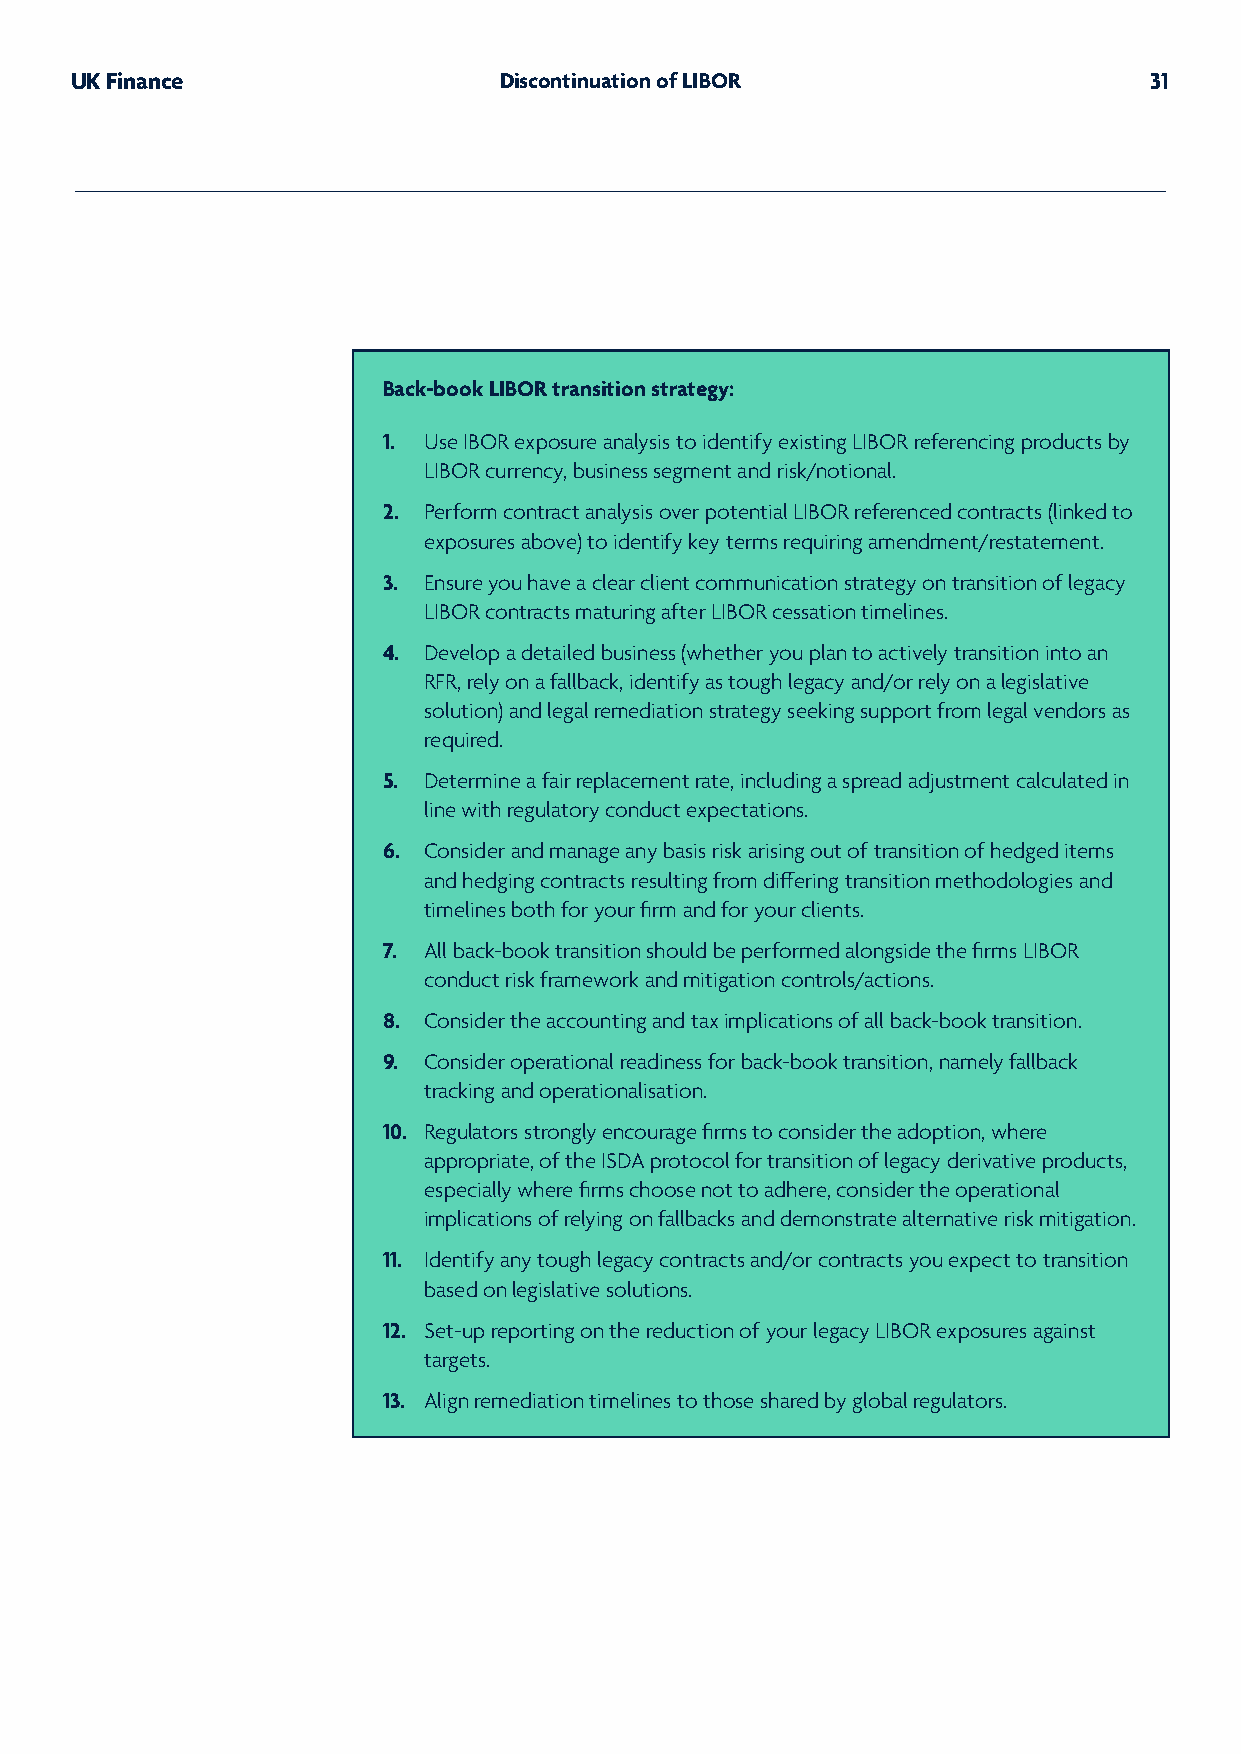
UK Finance                  Discontinuation of LIBOR                   31
 Back-book LIBOR transition strategy:
 1. Use IBOR exposure analysis to identify existing LIBOR referencing products by
 LIBOR currency, business segment and risk/notional.
 2. Perform contract analysis over potential LIBOR referenced contracts (linked to
 exposures above) to identify key terms requiring amendment/restatement.
 3. Ensure you have a clear client communication strategy on transition of legacy
 LIBOR contracts maturing after LIBOR cessation timelines.
 4. Develop a detailed business (whether you plan to actively transition into an
 RFR, rely on a fallback, identify as tough legacy and/or rely on a legislative
 solution) and legal remediation strategy seeking support from legal vendors as
 required.
 5. Determine a fair replacement rate, including a spread adjustment calculated in
 line with regulatory conduct expectations.
 6. Consider and manage any basis risk arising out of transition of hedged items
 and hedging contracts resulting from differing transition methodologies and
 timelines both for your firm and for your clients.
 7. All back-book transition should be performed alongside the firms LIBOR
 conduct risk framework and mitigation controls/actions.
 8. Consider the accounting and tax implications of all back-book transition.
 9. Consider operational readiness for back-book transition, namely fallback
 tracking and operationalisation.
 10. Regulators strongly encourage firms to consider the adoption, where
 appropriate, of the ISDA protocol for transition of legacy derivative products,
 especially where firms choose not to adhere, consider the operational
 implications of relying on fallbacks and demonstrate alternative risk mitigation.
 11. Identify any tough legacy contracts and/or contracts you expect to transition
 based on legislative solutions.
 12. Set-up reporting on the reduction of your legacy LIBOR exposures against
 targets.
 13. Align remediation timelines to those shared by global regulators.